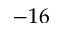
- 1 6